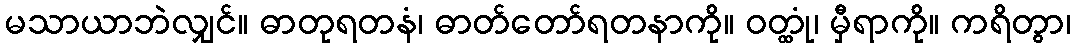
မသာယာဘဲလျှင်။ ဓာတုရတနံ၊ ဓာတ်တော်ရတနာကို။ ဝတ္ထုံ၊ မှီရာကို။ ကရိတွာ၊